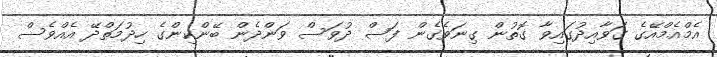
އެމްއެމްއޭގެ ގަވާއިދުގައިވާ ގޮތުން ގިނަވެގެން ފަސް ދުވަސް ވަންދެން ބޭންކިންގެ ހިދުމަތްދޭ އެއްވެސް